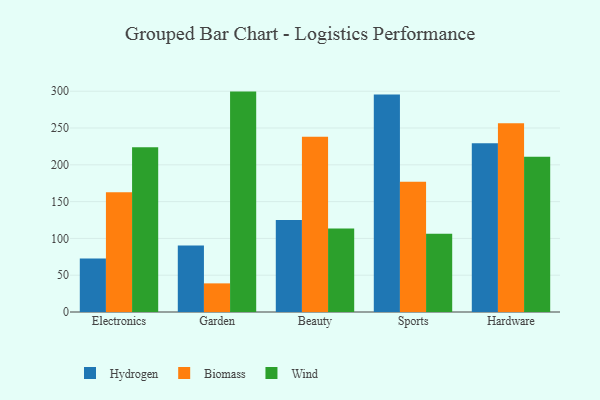
{"axis": {"x": "Category", "y": "Inventory Turnover"}, "legend": ["Biomass", "Hydrogen", "Wind"], "data": [{"x": "Electronics", "y": 72.6, "type": "Hydrogen"}, {"x": "Electronics", "y": 162.7, "type": "Biomass"}, {"x": "Electronics", "y": 224.0, "type": "Wind"}, {"x": "Garden", "y": 90.2, "type": "Hydrogen"}, {"x": "Garden", "y": 38.9, "type": "Biomass"}, {"x": "Garden", "y": 299.5, "type": "Wind"}, {"x": "Beauty", "y": 125.0, "type": "Hydrogen"}, {"x": "Beauty", "y": 238.3, "type": "Biomass"}, {"x": "Beauty", "y": 113.5, "type": "Wind"}, {"x": "Sports", "y": 295.7, "type": "Hydrogen"}, {"x": "Sports", "y": 176.9, "type": "Biomass"}, {"x": "Sports", "y": 106.4, "type": "Wind"}, {"x": "Hardware", "y": 229.2, "type": "Hydrogen"}, {"x": "Hardware", "y": 256.6, "type": "Biomass"}, {"x": "Hardware", "y": 211.1, "type": "Wind"}]}